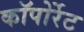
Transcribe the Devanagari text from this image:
कॉपोर्रेट